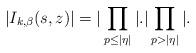
LaTeX: \begin{align*} | I_{k, \beta}(s, z) |= |\prod_{p\leq |\eta|}|.|\prod_{p>|\eta|}|. \end{align*}